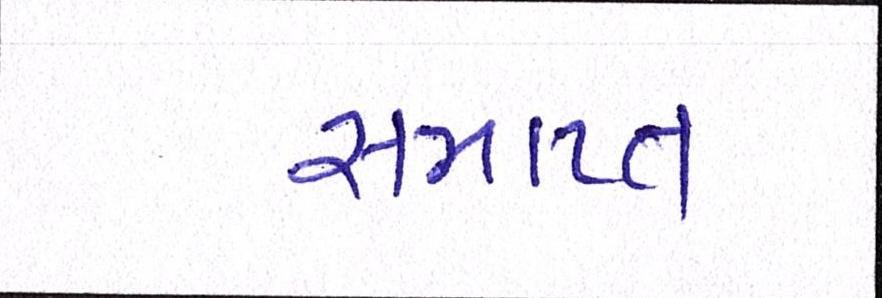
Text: સમાપ્ન